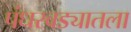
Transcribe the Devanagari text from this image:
पंधरवड्यातला